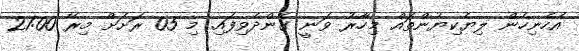
އެހެނިހެން ލިޔެކިޔުންތައް މިހާރު ވަނީ ގެންދެވިފައި. މި 05 ރަށަށް މިރޭ 21:00